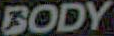
BODY